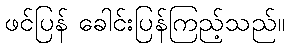
ဖင်ပြန် ခေါင်းပြန်ကြည့်သည်။